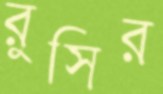
রুসির